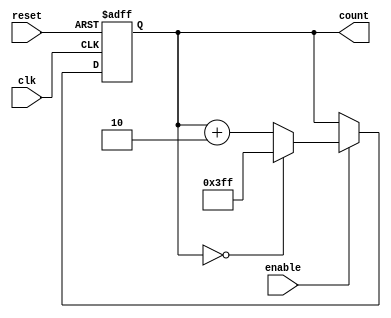
module counter_disable_a(reset,clk,enable,count);
input reset,clk;
input enable;
output reg[9:0]count;

always@(posedge clk or posedge reset)
begin
if(reset) begin

count=10'd0;

end
else if(enable)
begin
if(count==0)
count=10'b1_1111_1111_1;
else
count=count+2;

end
else begin
count=count;
end

end
endmodule